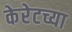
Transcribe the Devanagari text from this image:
केरेटच्या